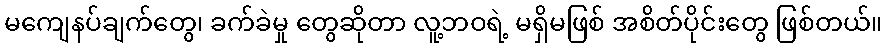
မကျေနပ်ချက်တွေ၊ ခက်ခဲမှု တွေဆိုတာ လူ့ဘဝရဲ့ မရှိမဖြစ် အစိတ်ပိုင်းတွေ ဖြစ်တယ်။